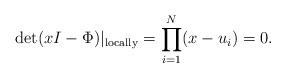
LaTeX: \begin{align*}\det (x I - \Phi)|_{{\rm locally}}=\prod_{i=1}^N (x-u_i)=0.\end{align*}